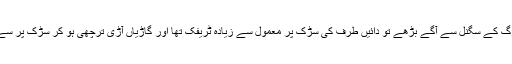
آج بھی جب گلبرگ کے سگنل سے آگے بڑھے تو دائیں طرف کی سڑک پر معمول سے زیادہ ٹریفک تھا اور گاڑیاں آڑی ترچھی ہو کر سڑک پر سے گزر رہی تھیں۔